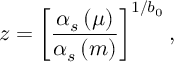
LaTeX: z = \left[ { \frac { \alpha _ { s } \left( \mu \right) } { \alpha _ { s } \left( m \right) } } \right] ^ { 1 / b _ { 0 } } ,